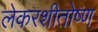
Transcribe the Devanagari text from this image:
लेकरशीतोष्ण